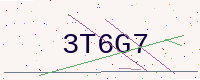
Text: 3T6G7